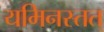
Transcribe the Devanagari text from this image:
यमिनस्तत्